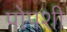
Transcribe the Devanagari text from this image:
पोपशी